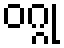
ဝဂ္ဂု